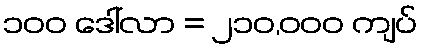
၁၀၀ ဒေါ်လာ = ၂၁၀,၀၀၀ ကျပ်